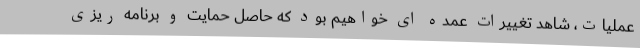
عملیات، شاهد تغییرات عمده ای خواهیم بود که حاصل حمایت و برنامه ریزی